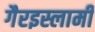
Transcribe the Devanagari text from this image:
गैरइस्लामी